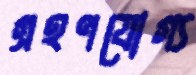
গ্রহণযোগ্য